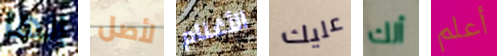
إنها لأصل الأغنام عليك ألك أعلم